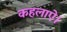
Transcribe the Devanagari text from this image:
कहलाऐ।